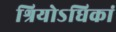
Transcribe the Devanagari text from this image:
श्रियोऽधिकां